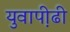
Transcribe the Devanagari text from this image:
युवाप़ीढी